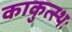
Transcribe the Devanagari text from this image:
काकुत्स्थः